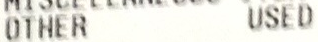
OTHER USED